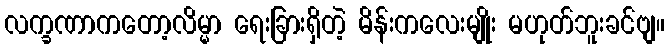
လက္ခဏာကတော့လိမ္မာ ရေးခြားရှိတဲ့ မိန်းကလေးမျိုး မဟုတ်ဘူးခင်ဗျ။